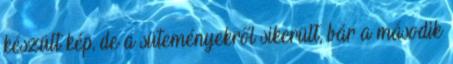
készült kép, de a süteményekről sikerült, bár a második